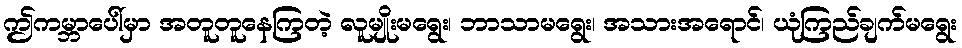
ဤကမ္ဘာပေါ်မှာ အတူတူနေကြတဲ့ လူမျိုးမရွေး၊ ဘာသာမရွေး၊ အသားအရောင်၊ ယုံကြည်ချက်မရွေး